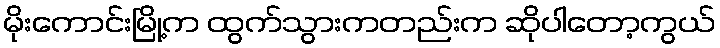
မိုးကောင်းမြို့က ထွက်သွားကတည်းက ဆိုပါတော့ကွယ်